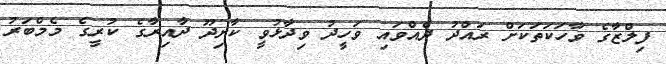
ފިލްޒާގެ ވާހަކަތަކަށް ރައްދު ދެއްވައި ވަހީދު ވިދާޅުވީ ކާށިދޫ ދާއިރާގެ ކުރީގެ މެމްބަރު